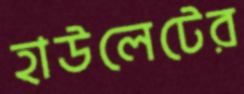
হাউলেটের